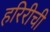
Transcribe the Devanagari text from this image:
हरिरीची